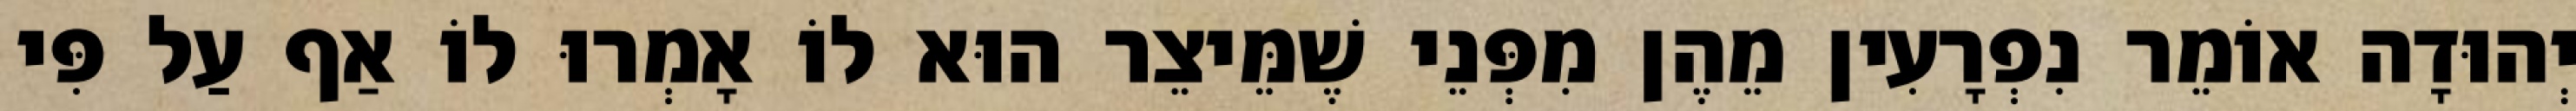
יְהוּדָה אוֹמֵר נִפְרָעִין מֵהֶן מִפְּנֵי שֶׁמֵּיצֵר הוּא לוֹ אָמְרוּ לוֹ אַף עַל פִּי